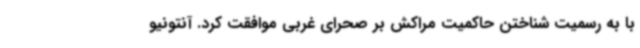
با به رسمیت شناختن حاکمیت مراکش بر صحرای غربی موافقت کرد. آنتونیو